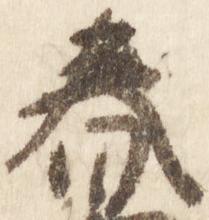
春